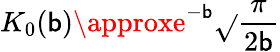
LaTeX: K_{0}(\mathsf{b})\approxe^{-\mathsf{b}}\sqrt{}{{\frac{{\pi}}{{2\mathsf{b}}}}}